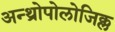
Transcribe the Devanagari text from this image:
अन्थ्रोपोलोजिक्ल